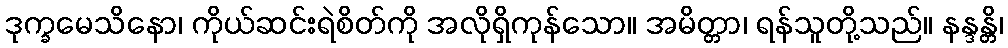
ဒုက္ခမေသိနော၊ ကိုယ်ဆင်းရဲစိတ်ကို အလိုရှိကုန်သော။ အမိတ္တာ၊ ရန်သူတို့သည်။ နန္ဒန္တိ၊